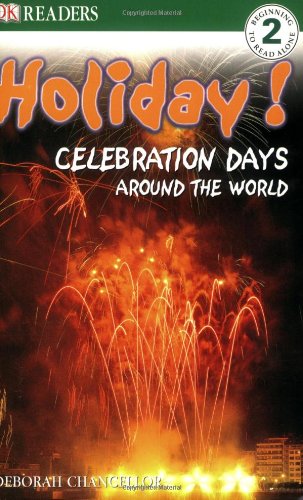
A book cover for Holiday!: Celebration Days Around the World (DK Reader Level 2); DORLING KINDERSLEY; Children's Books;